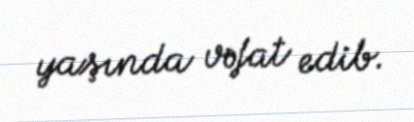
yaşında vəfat edib.